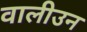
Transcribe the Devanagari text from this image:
वालीउन